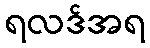
ရလဒ်အရ